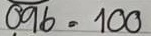
096 = 100